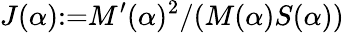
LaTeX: J(\alpha){:=}M^{\prime}(\alpha)^{2}/(M(\alpha)S(\alpha))